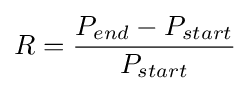
R={\frac {P_{end}-P_{start}}{P_{start}}}